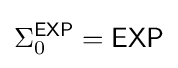
\Sigma _{0}^{\mathsf {EXP}}={\mathsf {EXP}}